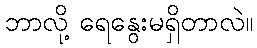
ဘာလို့ ရေနွေးမရှိတာလဲ။